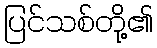
ပြင်သစ်တို့၏